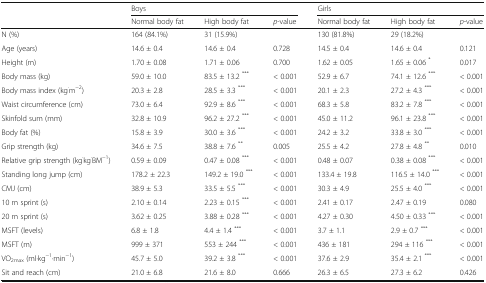
<table><thead><tr><td rowspan="2"></td><td colspan="3"><b>Boys</b></td><td colspan="3"><b>Girls</b></td></tr><tr><td><b>Normal body fat</b></td><td><b>High body fat</b></td><td><b><i>p</i>-value</b></td><td><b>Normal body fat</b></td><td><b>High body fat</b></td><td><b><i>p</i>-value</b></td></tr></thead><tbody><tr><td>N (%)</td><td>164 (84.1%)</td><td>31 (15.9%)</td><td></td><td>130 (81.8%)</td><td>29 (18.2%)</td><td></td></tr><tr><td>Age (years)</td><td>14.6 ± 0.4</td><td>14.6 ± 0.4</td><td>0.728</td><td>14.5 ± 0.4</td><td>14.6 ± 0.4</td><td>0.121</td></tr><tr><td>Height (m)</td><td>1.70 ± 0.08</td><td>1.71 ± 0.06</td><td>0.700</td><td>1.62 ± 0.05</td><td>1.65 ± 0.06 <sup>*</sup></td><td>0.017</td></tr><tr><td>Body mass (kg)</td><td>59.0 ± 10.0</td><td>83.5 ± 13.2 <sup>***</sup></td><td>&lt; 0.001</td><td>52.9 ± 6.7</td><td>74.1 ± 12.6 <sup>***</sup></td><td>&lt; 0.001</td></tr><tr><td>Body mass index (kg<sup>·</sup>m<sup>−2</sup>)</td><td>20.3 ± 2.8</td><td>28.5 ± 3.3 <sup>***</sup></td><td>&lt; 0.001</td><td>20.1 ± 2.3</td><td>27.2 ± 4.3 <sup>***</sup></td><td>&lt; 0.001</td></tr><tr><td>Waist circumference (cm)</td><td>73.0 ± 6.4</td><td>92.9 ± 8.6 <sup>***</sup></td><td>&lt; 0.001</td><td>68.3 ± 5.8</td><td>83.2 ± 7.8 <sup>***</sup></td><td>&lt; 0.001</td></tr><tr><td>Skinfold sum (mm)</td><td>32.8 ± 10.9</td><td>96.2 ± 27.2 <sup>***</sup></td><td>&lt; 0.001</td><td>45.0 ± 11.2</td><td>96.1 ± 23.8 <sup>***</sup></td><td>&lt; 0.001</td></tr><tr><td>Body fat (%)</td><td>15.8 ± 3.9</td><td>30.0 ± 3.6 <sup>***</sup></td><td>&lt; 0.001</td><td>24.2 ± 3.2</td><td>33.8 ± 3.0 <sup>***</sup></td><td>&lt; 0.001</td></tr><tr><td>Grip strength (kg)</td><td>34.6 ± 7.5</td><td>38.8 ± 7.6 <sup>**</sup></td><td>0.005</td><td>25.5 ± 4.2</td><td>27.8 ± 4.8 <sup>**</sup></td><td>0.010</td></tr><tr><td>Relative grip strength (kg<sup>·</sup>kg<sup>·</sup>BM<sup>−1</sup>)</td><td>0.59 ± 0.09</td><td>0.47 ± 0.08 <sup>***</sup></td><td>&lt; 0.001</td><td>0.48 ± 0.07</td><td>0.38 ± 0.08 <sup>***</sup></td><td>&lt; 0.001</td></tr><tr><td>Standing long jump (cm)</td><td>178.2 ± 22.3</td><td>149.2 ± 19.0 <sup>***</sup></td><td>&lt; 0.001</td><td>133.4 ± 19.8</td><td>116.5 ± 14.0 <sup>***</sup></td><td>&lt; 0.001</td></tr><tr><td>CMJ (cm)</td><td>38.9 ± 5.3</td><td>33.5 ± 5.5 <sup>***</sup></td><td>&lt; 0.001</td><td>30.3 ± 4.9</td><td>25.5 ± 4.0 <sup>***</sup></td><td>&lt; 0.001</td></tr><tr><td>10 m sprint (s)</td><td>2.10 ± 0.14</td><td>2.23 ± 0.15 <sup>***</sup></td><td>&lt; 0.001</td><td>2.41 ± 0.17</td><td>2.47 ± 0.19</td><td>0.080</td></tr><tr><td>20 m sprint (s)</td><td>3.62 ± 0.25</td><td>3.88 ± 0.28 <sup>***</sup></td><td>&lt; 0.001</td><td>4.27 ± 0.30</td><td>4.50 ± 0.33 <sup>***</sup></td><td>&lt; 0.001</td></tr><tr><td>MSFT (levels)</td><td>6.8 ± 1.8</td><td>4.4 ± 1.4 <sup>***</sup></td><td>&lt; 0.001</td><td>3.7 ± 1.1</td><td>2.9 ± 0.7 <sup>***</sup></td><td>&lt; 0.001</td></tr><tr><td>MSFT (m)</td><td>999 ± 371</td><td>553 ± 244 <sup>***</sup></td><td>&lt; 0.001</td><td>436 ± 181</td><td>294 ± 116 <sup>***</sup></td><td>&lt; 0.001</td></tr><tr><td>VO<sub>2max</sub> (ml·kg<sup>−1</sup>·min<sup>−1</sup>)</td><td>45.7 ± 5.0</td><td>39.2 ± 3.8 <sup>***</sup></td><td>&lt; 0.001</td><td>37.6 ± 2.9</td><td>35.4 ± 2.1 <sup>***</sup></td><td>&lt; 0.001</td></tr><tr><td>Sit and reach (cm)</td><td>21.0 ± 6.8</td><td>21.6 ± 8.0</td><td>0.666</td><td>26.3 ± 6.5</td><td>27.3 ± 6.2</td><td>0.426</td></tr></tbody></table>